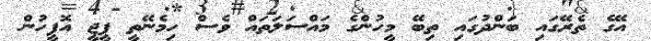
އޭގެ ތެރޭގައި ބަންދުގައި ތިބޭ މީހުންގެ މައްސަލަތައް ވެސް ހިމެނޭތީ ޕީޖީ އޮފީހުން